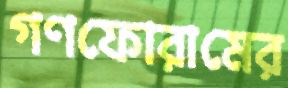
গণফোরামের